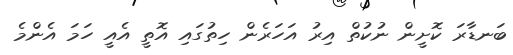
ބަނޑާރަ ކޮށީން ނުކުތް އިރު އަހަރެން ހިތުގައި އޮތީ އެއީ ހަމަ އެންމެ